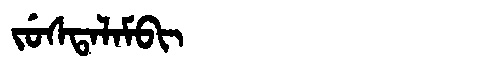
Manchu: ᠵᡠᠰᡨᠠᠯᠠᠮᠪᡳ
Romanization: JUSTALAMBI